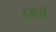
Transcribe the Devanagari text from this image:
हमर्स